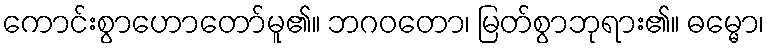
ကောင်းစွာဟောတော်မူ၏။ ဘဂဝတော၊ မြတ်စွာဘုရား၏။ ဓမ္မော၊